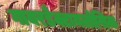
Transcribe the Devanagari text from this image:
गायरडैक्टायलोसिक